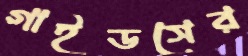
গাইডসের